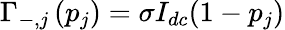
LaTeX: \Gamma_{-,j}\left(p_{j}\right)=\sigma I_{dc}(1-p_{j})